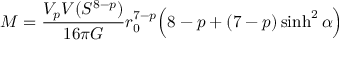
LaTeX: M = \frac { V _ { p } V ( S ^ { 8 - p } ) } { 1 6 \pi G } r _ { 0 } ^ { 7 - p } \Big ( 8 - p + ( 7 - p ) \sinh ^ { 2 } \alpha \Big )